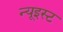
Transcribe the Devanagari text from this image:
न्यूइस्ट